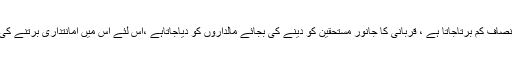
گوکہ اس میں انصاف کم برتاجاتا ہے ، قربانی کا جانور مستحقین کو دینے کی بجائے مالداروں کو دیاجاتاہے ،اس لئے اس میں امانتداری برتنے کی ضرورت ہے۔